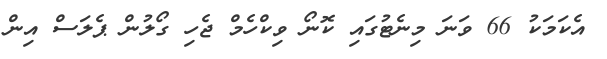
އެކަމަކު 66 ވަނަ މިނެޓުގައި ކޮނޯ ވިކްހެމް ޖެހި ގޯލުން ޕެލަސް އިން